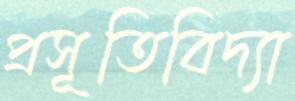
প্রসূতিবিদ্যা